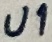
Text: U1